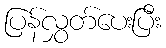
ပြန်လွှတ်ပေးပြီး